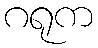
ဂရုက